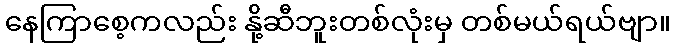
နေကြာစေ့ကလည်း နို့ဆီဘူးတစ်လုံးမှ တစ်မယ်ရယ်ဗျာ။